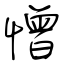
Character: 憎